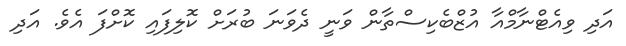
އަދި ވިއެޓްނާމްއާ އުޒްބެކިސްތާން ވަނީ ދެވަނަ ބުރަށް ކޮލިފައި ކޮށްފަ އެވެ. އަދި